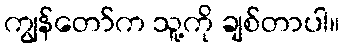
ကျွန်တော်က သူ့ကို ချစ်တာပါ။